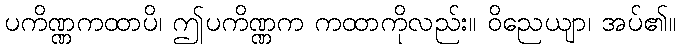
ပကိဏ္ဏကထာပိ၊ ဤပကိဏ္ဏက ကထာကိုလည်း။ ဝိညေယျာ၊ အပ်၏။